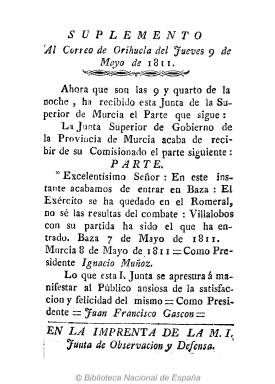
Título: Suplemento al Correo de Orihuela
Colección: Periódicos anteriores a 1850
Ámbito geográfico: Alicante
Lugar de publicación: Orihuela, Alicate
Fechas: 09/05/1811-09/05/1811

Corresponde al jueves, 9 de mayo de 1811, y es una sola página en la que se recoge el “parte” que había sido recibido por la Junta Superior de Gobierno de la Provincia de Murcia en el que se da cuenta de la entrada del Ejército en Baza dos días antes. De este impreso, estampado en la Imprenta de la Junta de Observación y Defensa de la ciudad alicantina de Orihuela, ya había dado cuenta Gómez Ímaz (1910). Sobre este Correo de Orihuela se sabe que ya existía en 1810, con el pie Imprenta de la Junta de esta Ciudad y su Gobernación, organismo local que después adoptaría el nombre antes reseñado. En la Real Academia de la Historia están depositados los números 81, 115 y 136 de este correo, que corresponden al 6 de febrero, 25 de abril y 13 de junio de 1811. Palau (1951) cita una colección de abril a junio de 1811, señalando que sus entregas aparecían tres veces por semana, en 4º. La Gazeta de la Junta Revolucionaria de Valencia cita el número 14, de agoto de 1811, de un periódico que para el citado Gómez Ímaz fue “más noticioso que político”: Véase también el trabajo de Gil Novales (2009) sobre los periódicos de la Guerra de la Independencia.